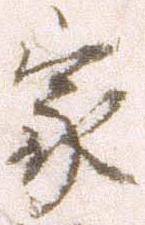
家